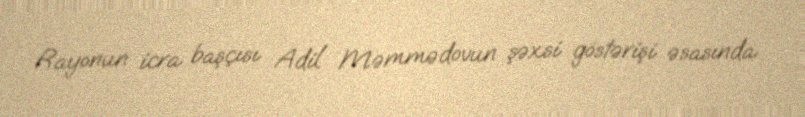
Rayonun icra başçısı Adil Məmmədovun şəxsi göstərişi əsasında.